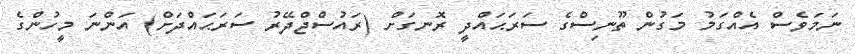
ނަމަވެސް އެއްގަމު މަގުން ތޫނިސްގެ ސަރަޙައްދީ ރޮނގަށް (ރައުސްޖްދޭރު ސަރަޙައްދަށް) އަންނަ މީހުންގެ